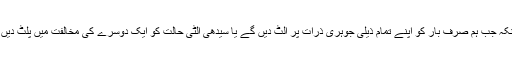
طبیعیات دانوں نے جڑواں کائنات کے سوال کو نہایت سنجیدگی سے لیا ہے کیونکہ جب ہم صرف بار کو اپنے تمام ذیلی جوہری ذرّات پر الٹ دیں گے یا سیدھی الٹی حالت کو ایک دوسرے کی مخالفت میں پلٹ دیں گے تب بھی نیوٹن اور آئن سٹائن کی مساوات اپنی جگہ ایک جیسی ہی رہیں گی۔